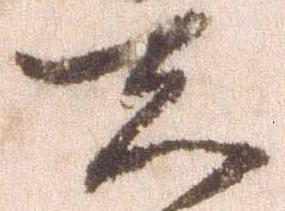
先